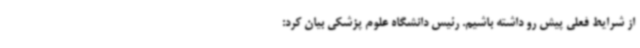
از شرایط فعلی پیش رو داشته باشیم. رئیس دانشگاه علوم پزشکی بیان کرد: